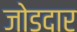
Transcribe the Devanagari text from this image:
जोडदार